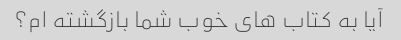
آیا به کتاب های خوب شما بازگشته ام؟